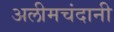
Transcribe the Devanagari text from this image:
अलीमचंदानी